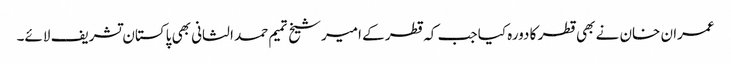
عمران خان نے بھی قطر کا دورہ کیا جب کہ قطر کے امیرشیخ تمیم حمد الثانی بھی پاکستان تشریف لائے۔